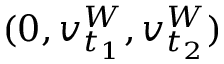
( 0 , v _ { t _ { 1 } } ^ { W } , v _ { t _ { 2 } } ^ { W } )